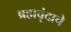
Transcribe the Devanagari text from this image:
ब्रह्मवृंदाचे